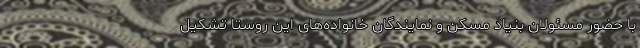
با حضور مسئولان بنیاد مسکن و نمایندگان خانواده‌های این روستا تشکیل